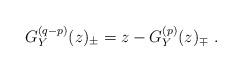
LaTeX: \begin{align*}G_Y^{(q-p)}(z)_\pm=z-G_Y^{(p)}(z)_\mp\ .\end{align*}